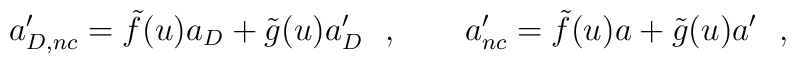
a_{D,nc}'=\tilde f(u)a_D+\tilde g(u)a_D'\ \ ,\qquad a'_{nc}=\tilde f(u)a+\tilde g(u)a'\ \ ,